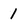
Character: 1